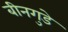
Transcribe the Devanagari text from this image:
बीनगुडे